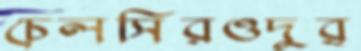
চেলসিরওদুর্